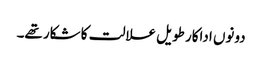
دونوں اداکار طویل علالت کا شکار تھے۔